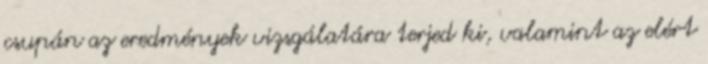
csupán az eredmények vizsgálatára terjed ki, valamint az elért